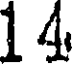
14